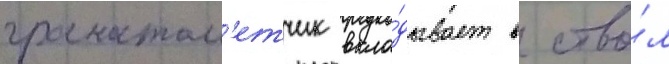
гранатом'етчик вкла́дывает в ство́л